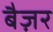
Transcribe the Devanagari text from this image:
बैज़र